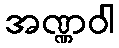
အဏ္ဏဝါ